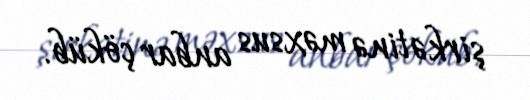
şirkətinə məxsus anbar çöküb.